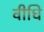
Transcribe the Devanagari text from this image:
वीधि